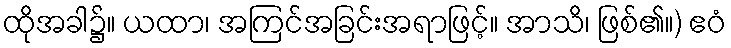
ထိုအခါ၌။ ယထာ၊ အကြင်အခြင်းအရာဖြင့်။ အာသိ၊ ဖြစ်၏။) ဧဝံ